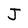
Character: J